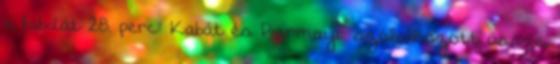
a labdát 28. perc: Kabát és Piermayr szólalkozott össze,